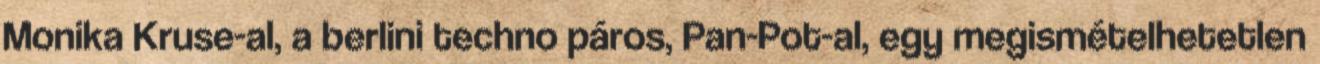
Monika Kruse-al, a berlini techno páros, Pan-Pot-al, egy megismételhetetlen